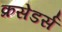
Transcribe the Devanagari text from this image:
क्रसेडर्स